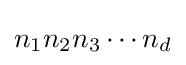
n_{1}n_{2}n_{3}\cdots n_{d}